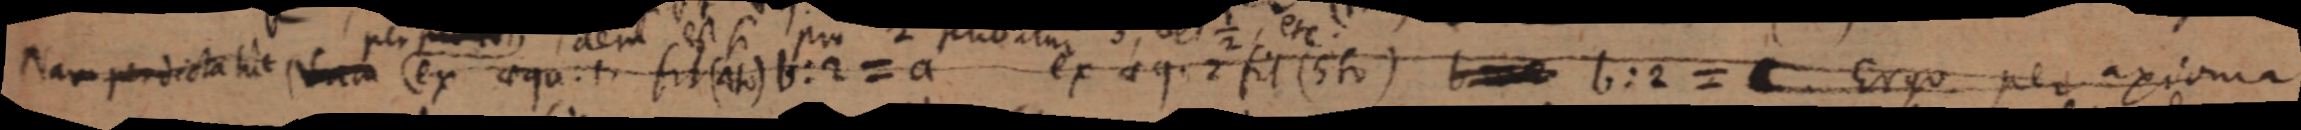
Nam perdicta hic Nam ex aequ: fit (4 to) b:2 = a ex aeq. 2 fit (5 to) _ b:2 = C. Ergo per axioma